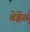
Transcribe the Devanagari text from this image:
बेह्रेंस